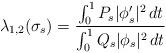
LaTeX: \begin{align*}\lambda_{1,2}(\sigma_s) = \frac{ \int_0^1 P_s |\phi_s'|^2 \,dt}{\int_0^1 Q_s |\phi_s|^2 \,dt}\end{align*}